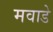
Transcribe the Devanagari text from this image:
मवाडे